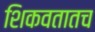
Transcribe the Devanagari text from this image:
शिकवतातच